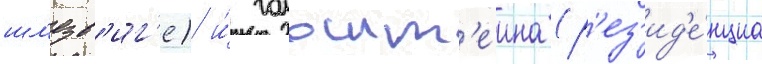
шл'езв'иг'е) и́ гольшт'еина (р'ез'ид'е́нциа